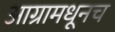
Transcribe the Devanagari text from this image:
आग्रामधूनच